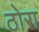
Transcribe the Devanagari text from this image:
ठोरा